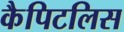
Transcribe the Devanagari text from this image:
कैपिटलिस